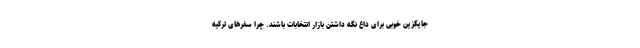
جایگزین خوبی برای داغ نگه داشتن بازار انتخابات باشند. چرا سفرهای ترکیه